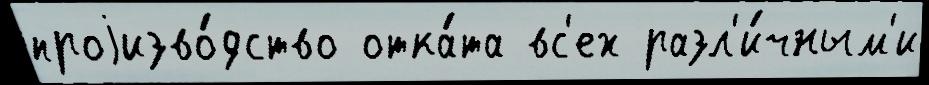
проjизво́дство отка́та вс'ех разл'и́чным'и